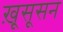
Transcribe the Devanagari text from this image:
ख़ूसूसन